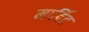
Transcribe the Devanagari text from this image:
मार्दिट